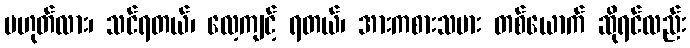
မဟုတ်လား၊ သင်ရတယ်၊ လေ့ကျင့် ရတယ်၊ အားကစားသမား တစ်ယောက် ဆိုရင်လည်း